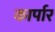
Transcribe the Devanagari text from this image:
कार्पार